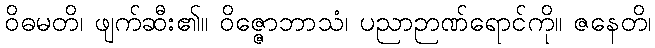
ဝိဓမတိ၊ ဖျက်ဆီး၏။ ဝိဇ္ဇောဘာသံ၊ ပညာဉာဏ်ရောင်ကို။ ဇနေတိ၊